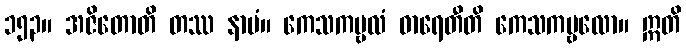
၁၅၃။ အဇိတောတိ တဿ နာမံ။ ကေသကမ္ဗလံ ဓာရေတီတိ ကေသကမ္ဗလော။ ဣတိ